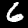
Label: 6